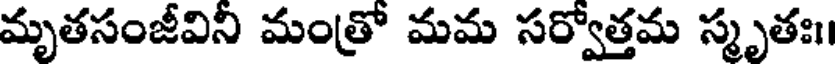
మృతసంజీవిని మంత్రో మమ సర్వోత్తమ స్మృతః।।